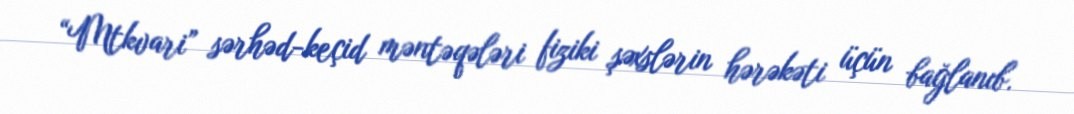
“Mtkvari” sərhəd-keçid məntəqələri fiziki şəxslərin hərəkəti üçün bağlanıb.